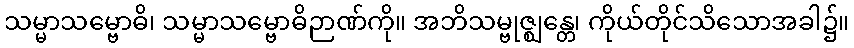
သမ္မာသမ္ဗောဓိ၊ သမ္မာသမ္ဗောဓိဉာဏ်ကို။ အဘိသမ္ဗုဇ္ဈန္တေ၊ ကိုယ်တိုင်သိသောအခါ၌။